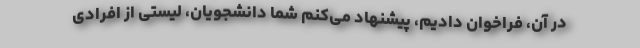
در آن، فراخوان دادیم، پیشنهاد می‌کنم شما دانشجویان، لیستی از افرادی